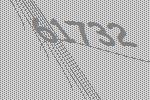
61732